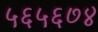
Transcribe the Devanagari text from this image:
५६५६७४